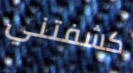
كشفتني